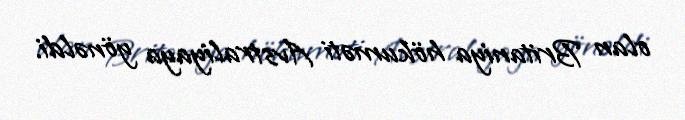
olan Britaniya hökuməti Avstraliyaya yönəldi.